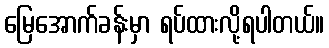
မြေအောက်ခန်းမှာ ရပ်ထားလို့ရပါတယ်။